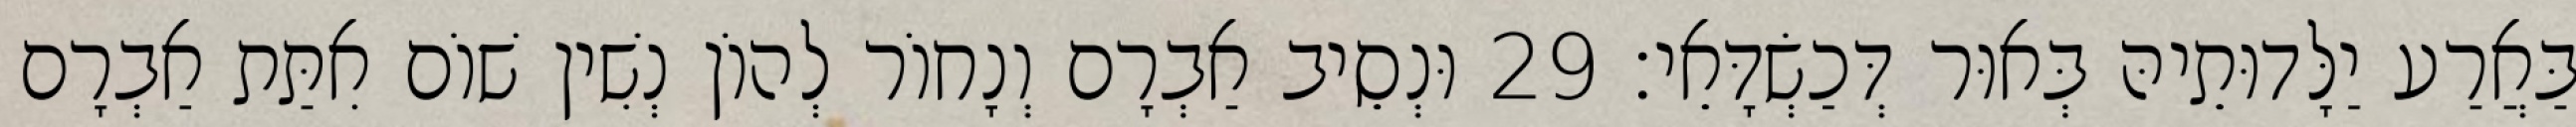
בַּאֲרַע יַלָּדוּתֵיהּ בְּאוּר דְּכַשְׂדָּאֵי׃ 29 וּנְסֵיב אַבְרָם וְנָחוֹר לְהוֹן נְשִׁין שׁוֹם אִתַּת אַבְרָם